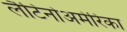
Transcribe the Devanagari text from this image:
लैटिनोअमेरिका